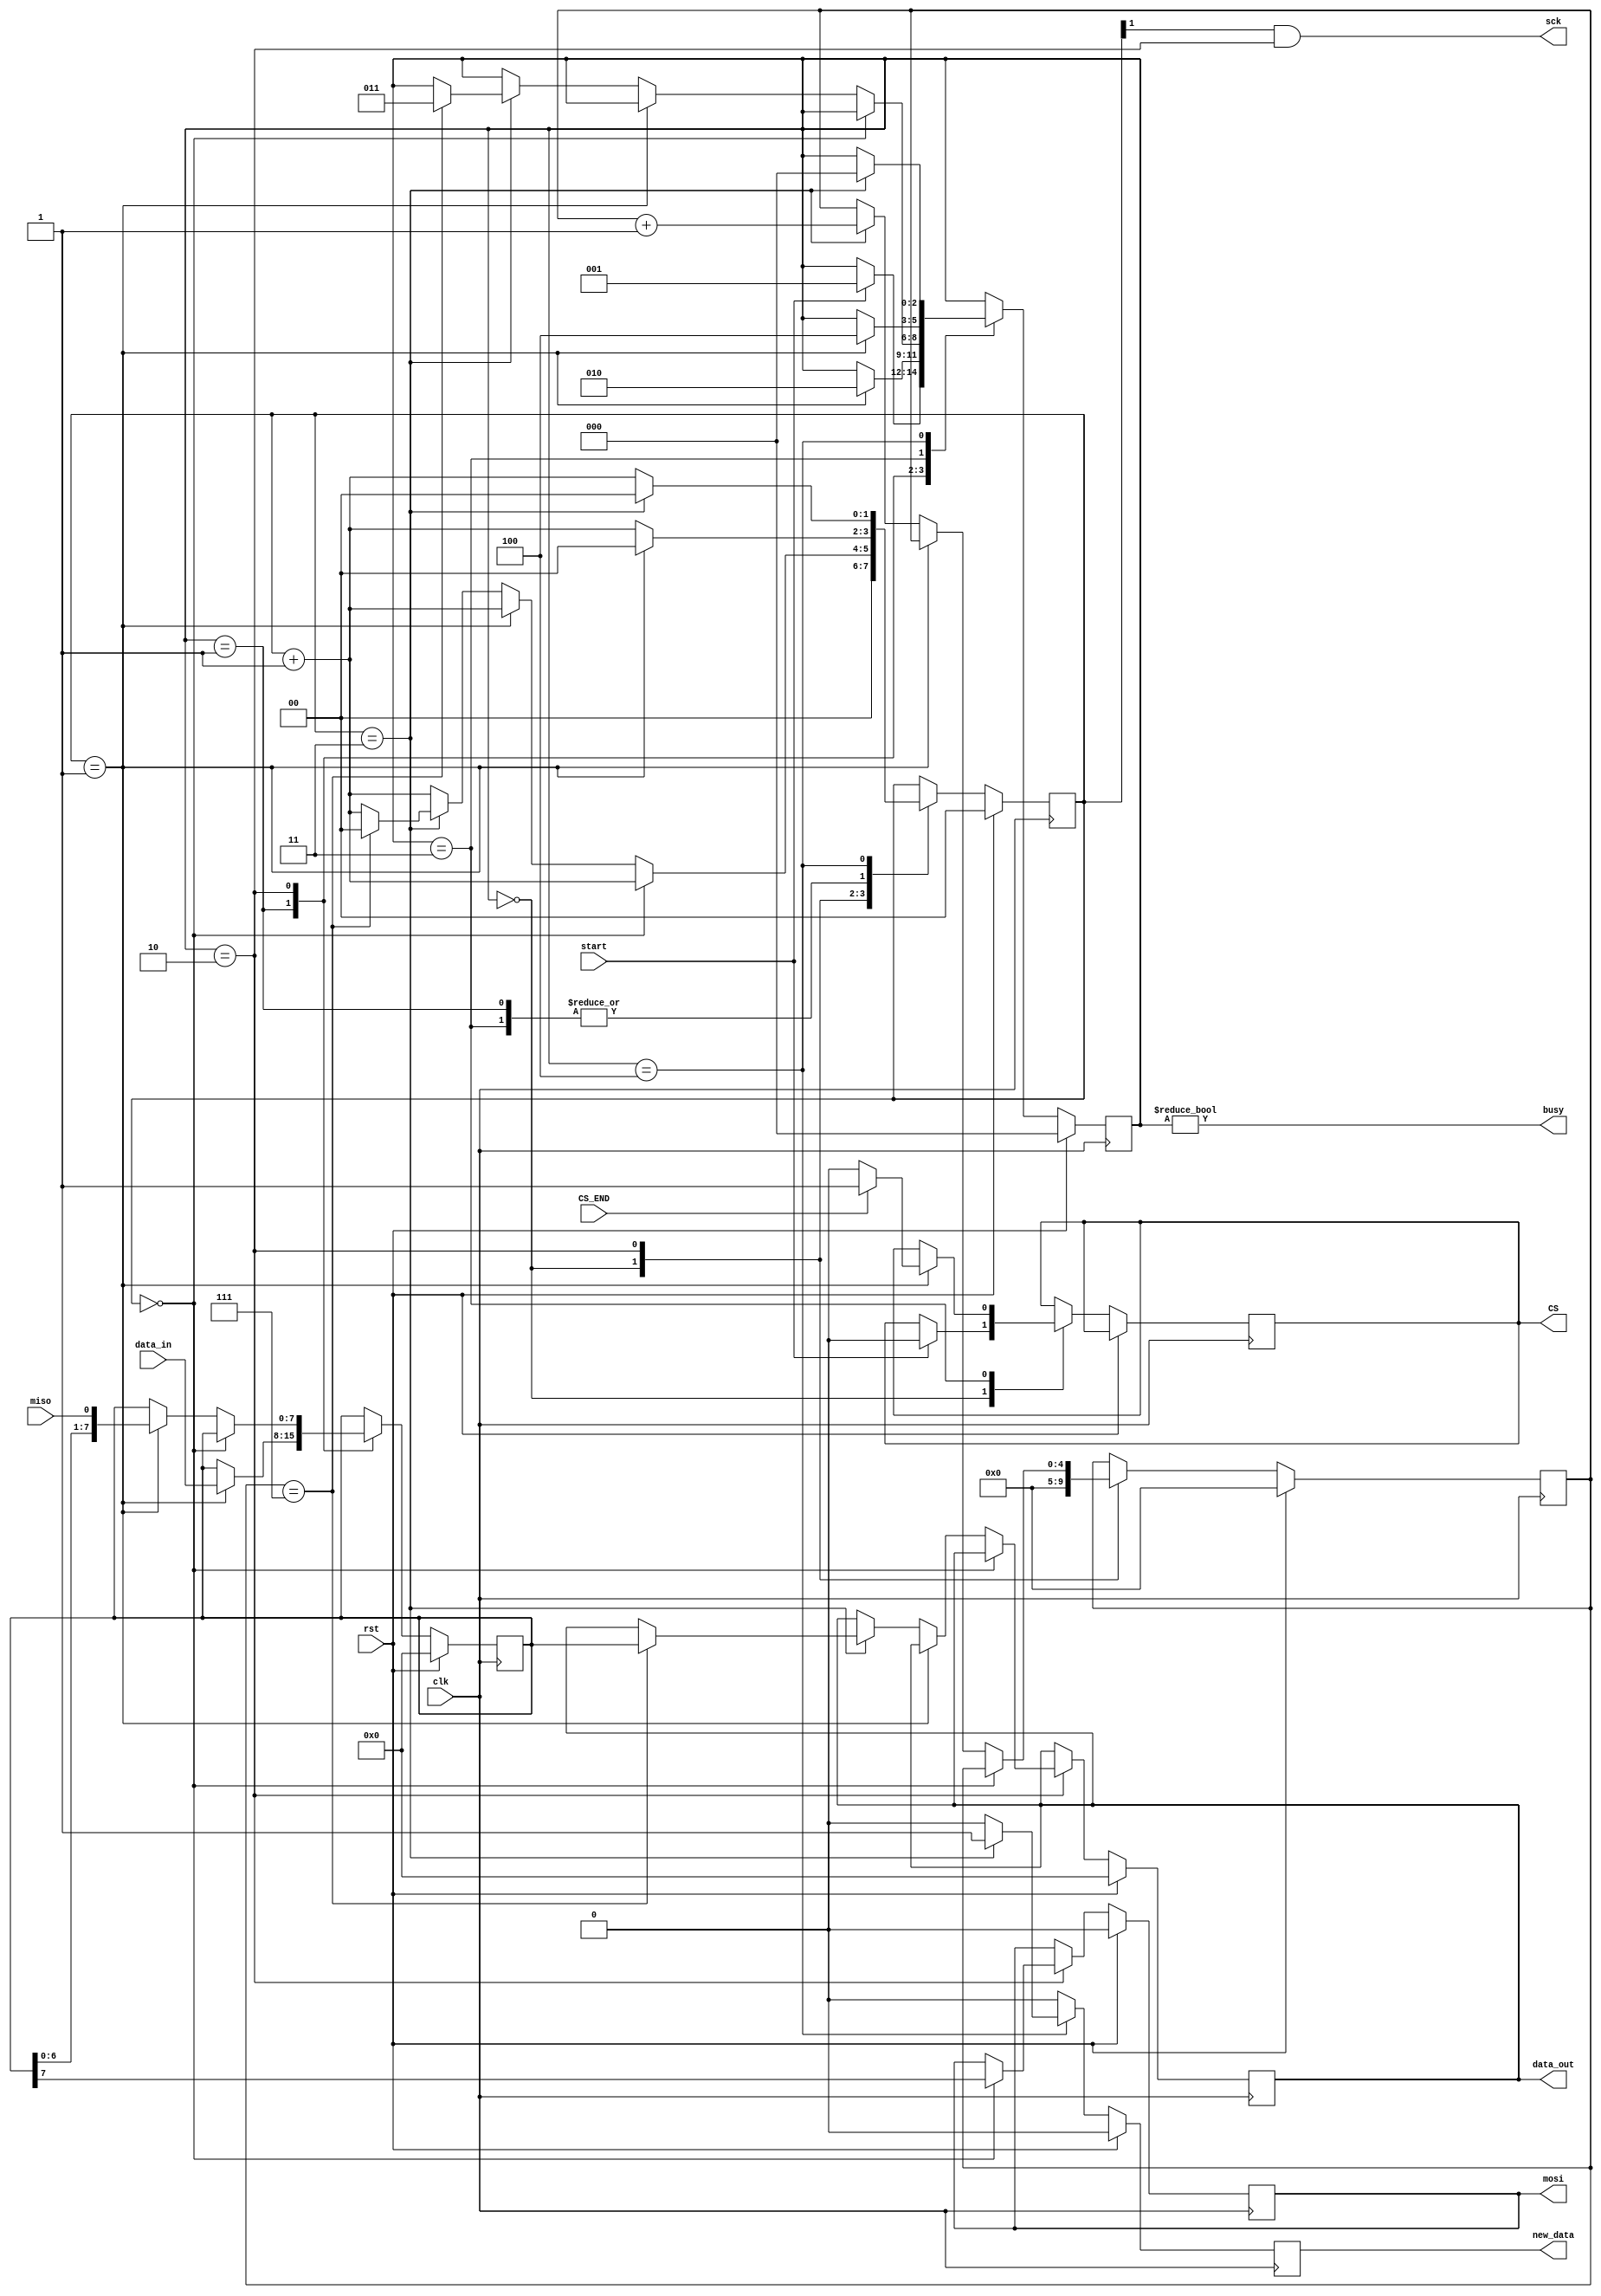
module tdc_spi_master #(parameter CLK_DIV = 2)(
    // INPUT
    input clk,
    input rst,
    input miso,
    input start,
    input[7:0] data_in,
    input CS_END,

    // OUTPUT
    output mosi,
    output sck,
    output[7:0] data_out,
    output busy,
    output new_data,
    output CS
  );
   
  localparam STATE_SIZE = 3;
  localparam IDLE = 3'd0,
    WAIT_HALF = 3'd1,
    TRANSFER = 3'd2,
    WAIT_BEFORE_CS = 3'd3,
    WAIT_DURING_CS = 3'd4;
   
  reg [STATE_SIZE-1:0] state_d, state_q;
  reg [7:0] data_d, data_q;
  reg [CLK_DIV-1:0] sck_d, sck_q;
  reg mosi_d, mosi_q;
  reg [4:0] ctr_d, ctr_q;
  reg new_data_d, new_data_q;
  reg [7:0] data_out_d, data_out_q;
  reg CS_d;
  reg CS_q = 1'b1;
   
  assign mosi = mosi_q;
  assign sck = (sck_q[CLK_DIV-1]) & (state_q == TRANSFER); // just ~sck_q[CLK_DIV-1] to make it falling edge.
  assign busy = state_q != IDLE;
  assign data_out = data_out_q;
  assign new_data = new_data_q;
  assign CS = CS_q;
   
  always @(*) begin
    sck_d = sck_q;
    data_d = data_q;
    mosi_d = mosi_q;
    ctr_d = ctr_q;
    new_data_d = 1'b0;
    data_out_d = data_out_q;
    state_d = state_q;
    CS_d=CS_q;
     
    case (state_q)
      IDLE: begin
        // CS_d = 1'b1;
        sck_d = 4'b0;              
        ctr_d = 5'b0;              
        if (start == 1'b1) begin   
          state_d = WAIT_HALF;     
          CS_d = 1'b0;
        end
      end
     WAIT_HALF: begin // MAKE CS BEFORE MOSI & good data tken from addr_d
       // copy data to send
       sck_d = sck_q + 1'b1;                  
       if (sck_q == {CLK_DIV-1{1'b1}}) begin  // if clock is half full (about to fall)
         sck_d = 1'b0;                       
         state_d = TRANSFER;   
         data_d = data_in;              
        end
     end
      TRANSFER: begin
        sck_d = sck_q + 1'b1;                           
        if (sck_q == 4'b0000) begin                     
          mosi_d = data_q[7];                           // output the MSB of data
        end else if (sck_q == {CLK_DIV-1{1'b1}}) begin  // else if it's half full (about to fall)
          data_d = {data_q[6:0], miso};  // read in data (shift in)
          
          //miso
        end else if (sck_q == {CLK_DIV{1'b1}}) begin    // else if it's full (about to rise)
          ctr_d = ctr_q + 1'b1;                        
          if (ctr_q == 5'b111) begin               
            state_d = WAIT_BEFORE_CS;                   
            data_out_d = data_q;                        // output data
            // signal data is valid
            sck_d = 4'b0; 
          end
        end
      end

    // DECIDE WHAT TO DO WITTH CS PIN
     WAIT_BEFORE_CS: begin
       sck_d = sck_q + 1'b1;                  
       if (sck_q == {CLK_DIV-1{1'b1}}) begin  
          if (CS_END==1'b1) begin
            CS_d=1'b1;
          end else begin
            CS_d=1'b0;
          end
            state_d = WAIT_DURING_CS; 
            sck_d=1'b0;
        end
     end

     // STAY CS PIN in the previous state some time..
     WAIT_DURING_CS: begin
       sck_d = sck_q + 1'b1;                 
       if (sck_q == {CLK_DIV{1'b1}}) begin 
         sck_d = 1'b0;                        
         state_d = IDLE;                 
         new_data_d = 1'b1;   
        end
     end
    endcase
  
  end // always
   
  always @(posedge clk) begin
    if (rst) begin
      ctr_q <= 5'b0;
      data_q <= 24'b0;
      sck_q <= 4'b0;
      mosi_q <= 1'b0;
      state_q <= IDLE;
      data_out_q <= 24'b0;
      new_data_q <= 1'b0;
    end else begin
      ctr_q <= ctr_d;
      data_q <= data_d;
      sck_q <= sck_d;
      mosi_q <= mosi_d;
      state_q <= state_d;
      data_out_q <= data_out_d;
      new_data_q <= new_data_d;
      CS_q <= CS_d;
    end
  end
   
endmodule